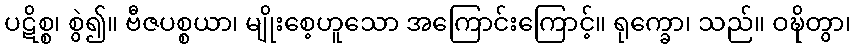
ပဋိစ္စ၊ စွဲ၍။ ဗီဇပစ္စယာ၊ မျိုးစေ့ဟူသော အကြောင်းကြောင့်။ ရုက္ခော၊ သည်။ ဝဍ္ဎိတွာ၊